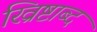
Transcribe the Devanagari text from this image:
ख्रिष्टाब्द